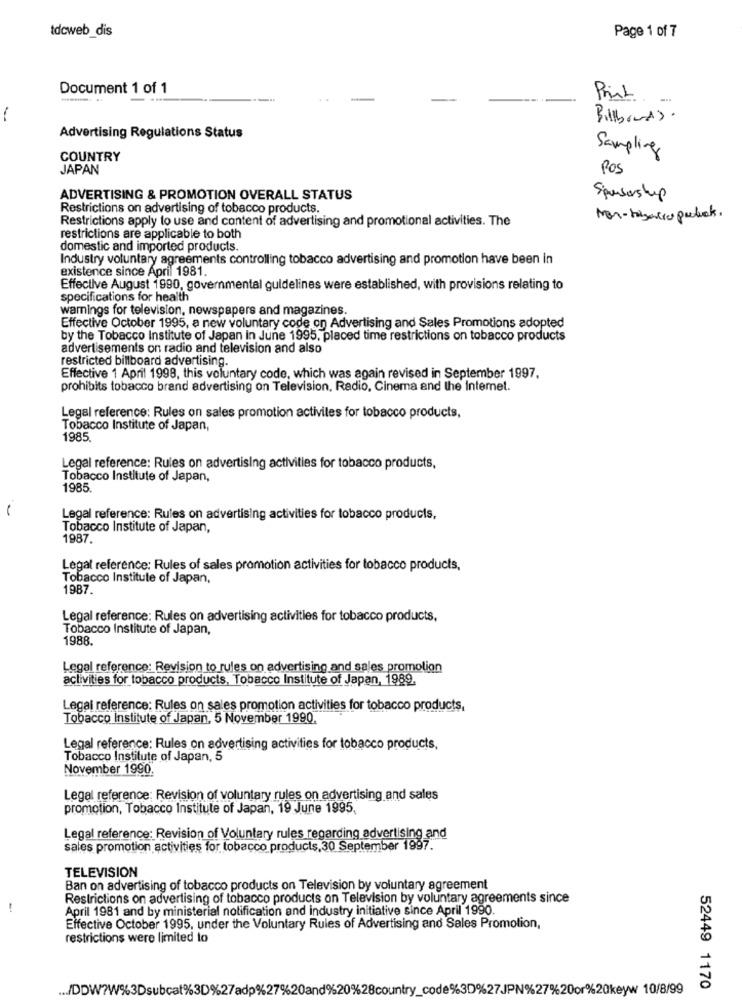
tdcweb_dis
Page 1 of 7
Document 1 of 1
Print
Advertising Regulations Status
Sampling
COUNTRY
JAPAN
POS
ADVERTISING & PROMOTION OVERALL STATUS
Sponsorship
Restrictions on advertising of tobacco products.
Restrictions apply to use and content of advertising and promotional activities. The
restrictions are applicable to both
domestic and imported products.
Industry voluntary agreements controlling tobacco advertising and promotion have been in
existence since April 1981.
Effective August 1990, governmental guidelines were established, with provisions relating to
specifications for health
warnings for television, newspapers and magazines
Effective October 1995, a new voluntary code on Advertising and Sales Promotions adopted
by the Tobacco Institute of Japan In June 1995, placed time restrictions on tobacco products
advertisements on radio and television and also
restricted billboard advertising.
Effective 1 April 1998, this voluntary code, which was again revised in September 1997.
prohibits tobacco brand advertising on Television, Radio, Cinema and the Internet.
Legal reference: Rules on sales promotion activiles for tobacco products,
Tobacco Institute of Japan,
1985
Legal reference: Rules on advertising activities for tobacco products,
Tobacco Institute of Jepan,
1985
Legal reference: Rules on advertising activities for tobacco products,
Tobacco Institute of Japan,
1987.
Legal reference: Rules of sales promotion activities for tobacco products,
Tobacco Institute of Japan,
1987.
Legal reference: Rules on advertising activities for tobacco products,
Tobacco Institute of Japan,
1988.
Legal reference: Revision to rules on advertising and sales promotion
activities for tobacco products, Tobacco Institute of Japan, 1989.
Legal reference: Rules on sales promotion activities for tobacco products,
Tobacco Institute of Japan, 5 November 1990.
Legal reference: Rules on advertising activities for tobacco products,
Tobacco Institute of Japan, 5
November 1990.
Legal reference: Revision of voluntary rules on advertising and sales
promotion, Tobacco Institute of Japan, 19 June 1995,
Legal reference: Revision of Voluntary rules regarding advertising and
sales promotion activities for tobacco products, 30 September 1997.
TELEVISION
Ban on advertising of tobacco products on Television by voluntary agreement
Restrictions on advertising of tobacco products on Television by voluntary agreements since
April 1981 and by ministerial notification and industry initiative since April 1990
Effective October 1995, under the Voluntary Rules of Advertising and Sales Promotion,
restrictions were limited to
... /DDW?W%3Dsubcat%3D%27adp%27%20and%20%28country_code%3D%27JPN%27%20or%20keyw 10/8/99
52449 1170